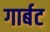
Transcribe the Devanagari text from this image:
गार्बट